Vaccination in Bombay 1863-1868 - 1863-1868
Year: 1863
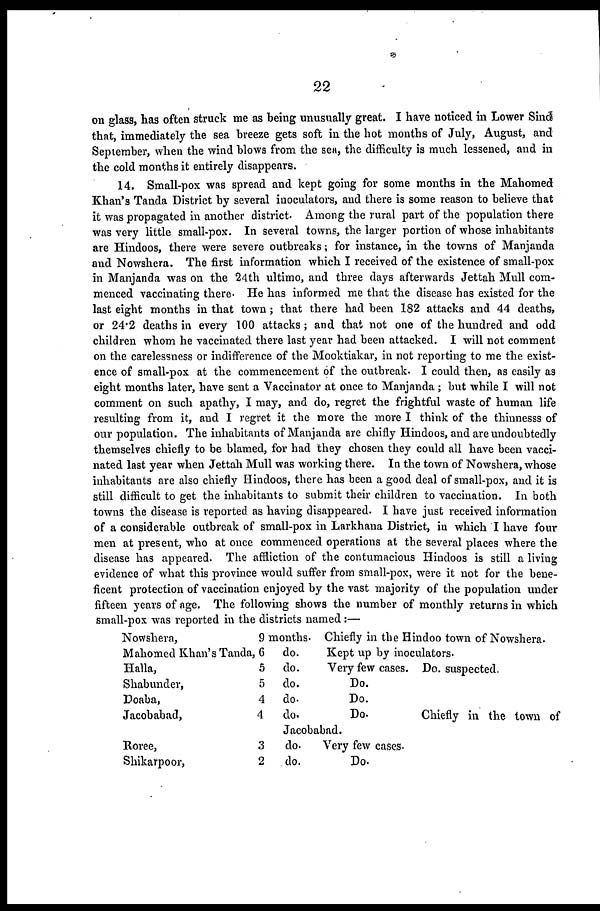
22
on glass, has often struck me as being unusually great. I have noticed in Lower Sind
that, immediately the sea breeze gets soft in the hot months of July, August, and
September, when the wind blows from the sea, the difficulty is much lessened, and in
the cold months it entirely disappears.
14. Small-pox was spread and kept going for some months in the Mahomed
Khan's Tanda District by several inoculators, and there is some reason to believe that
it was propagated in another district. Among the rural part of the population there
was very little small-pox. In several towns, the larger portion of whose inhabitants
are Hindoos, there were severe outbreaks; for instance, in the towns of Manjanda
and Nowshera. The first information which I received of the existence of small-pox
in Manjanda was on the 24th ultimo, and three days afterwards Jettah Mull com-
menced vaccinating there. He has informed me that the disease has existed for the
last eight months in that town; that there had been 182 attacks and 44 deaths,
or 24.2 deaths in every 100 attacks ; and that not one of the hundred and odd
children whom he vaccinated there last year had been attacked. I will not comment
on the carelessness or indifference of the Mooktiakar, in not reporting to me the exist-
ence of small-pox at the commencement of the outbreak. I could then, as easily as
eight months later, have sent a Vaccinator at once to Manjanda ; but while I will not
comment on such apathy, I may, and do, regret the frightful waste of human life
resulting from it, and I regret it the more the more I think of the thinnesss of
our population. The inhabitants of Manjanda are chifly Hindoos, and are undoubtedly
themselves chiefly to be blamed, for had they chosen they could all have been vacci-
nated last year when Jettah Mull was working there. In the town of Nowshera, whose
inhabitants are also chiefly Hindoos, there has been a good deal of small-pox, and it is
still difficult to get the inhabitants to submit their children to vaccination. In both
towns the disease is reported as having disappeared. I have just received information
of a considerable outbreak of small-pox in Larkhana District, in which I have four
men at present, who at once commenced operations at the several places where the
disease has appeared. The affliction of the contumacious Hindoos is still a living
evidence of what this province would suffer from small-pox, were it not for the bene-
ficent protection of vaccination enjoyed by the vast majority of the population under
fifteen years of age. The following shows the number of monthly returns in which
small-pox was reported in the districts named:—
Nowshera,
Mahomed Khan's Tanda,
Halla,
Shabunder,
Doaba,
Jacobabad,
Roree,
Shikarpoor,
9 months.
6
5
5
4
4
3
2
do.
do.
do.
do.
do.
Chiefly in the Hindoo town of Nowshera.
Kept up by inoculators.
Very few cases. Do. suspected.
Do.
Do.
Do.
Chiefly in the town of
Jacobabad.
do.
do.
Very few cases.
Do.